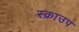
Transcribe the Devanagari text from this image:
स्क्राउप